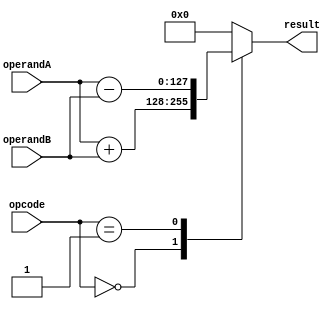
module QuadruplePrecisionFloatingPointUnit (
    input wire [127:0] operandA,
    input wire [127:0] operandB,
    input wire [2:0] opcode,
    output reg [127:0] result
);

// Define necessary signals and data types.

// Implement adder
always @(*) begin
    case(opcode)
        3'b000: result = operandA + operandB; // Addition
        3'b001: result = operandA - operandB; // Subtraction
        // Implement other arithmetic operations
        default: result = 128'h0; // Default case
    endcase
end

endmodule